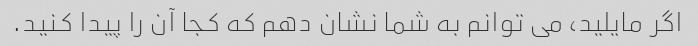
اگر مایلید، می توانم به شما نشان دهم که کجا آن را پیدا کنید.